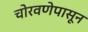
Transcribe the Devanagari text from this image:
चोरवणेपासून